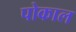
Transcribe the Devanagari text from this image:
पोकाल